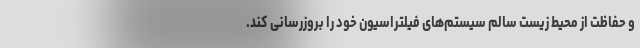
و حفاظت از محیط زیست سالم سیستم‌های فیلتراسیون خود را بروزرسانی کند.